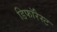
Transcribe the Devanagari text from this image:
डिफॉरेस्ट